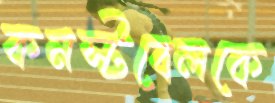
কনস্টবেলকে